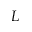
L